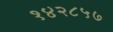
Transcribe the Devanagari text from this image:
१४२८५७